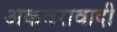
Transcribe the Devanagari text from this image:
अकवरावादी